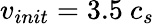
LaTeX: v_{init}=3.5~c_{s}